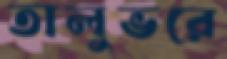
তালুভরে